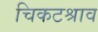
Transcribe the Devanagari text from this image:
चिकटश्राव